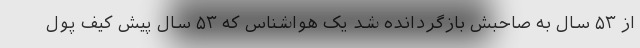
از ۵۳ سال به صاحبش بازگردانده شد یک هواشناس که ۵۳ سال پیش کیف پول